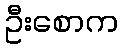
ဦးစောက